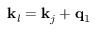
\mathbf { k } _ { l } = \mathbf { k } _ { j } + \mathbf { q } _ { 1 }